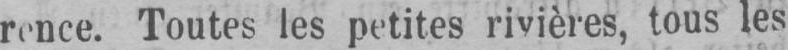
Toutes les petites rivières, tous les